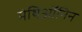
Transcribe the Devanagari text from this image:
मेथिऑनिन